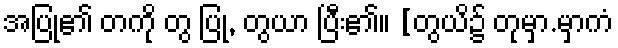
အပြု၏ တကို တွ ပြု, တွယာ ပြီး၏။ [တွယိ၌ တုမှာ.မှာကံ